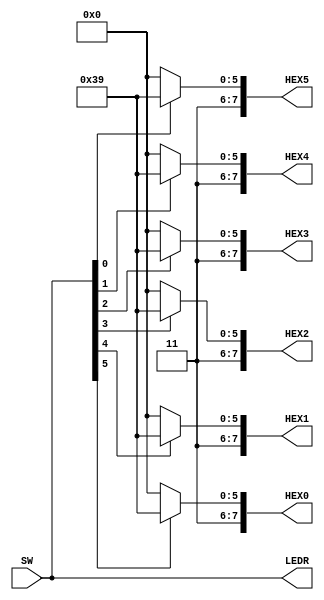
module TopLevel (
    SW,
    LEDR,
    HEX0, HEX1, HEX2, HEX3, HEX4, HEX5
);
    
    input [0:5] SW;
    output [0:5] LEDR;

    // This code only uses six switches because there are only six 7-segment displays on the DE10-Lite.
    output [0:7] HEX0, HEX1, HEX2, HEX3, HEX4, HEX5;

    // function "digit" will produce an 8-bit output vector.
    function automatic [0:7] digit;  // The "automatic" keyword is optional here, but a good practice if a simulation were to be run.
        input num;  // The input to this function is only one bit, named "num".

        begin

            

            if(num == 0) digit = 8'b11000000;  // Display 0

            if(num == 1) digit = 8'b11111001;  // Display 1

        end
        
    endfunction

    assign LEDR = SW;  // This wires each of the six switches to a corresponding LED.
    assign HEX0 = digit(SW[0]);
    assign HEX1 = digit(SW[1]);
    assign HEX2 = digit(SW[2]);
    assign HEX3 = digit(SW[3]);
    assign HEX4 = digit(SW[4]);
    assign HEX5 = digit(SW[5]);
    // Actually, each switch is one bit that is translated by the "digit" function into an 8-bit
    // vector that is "wired" to the eight segments of a HEX display.

endmodule